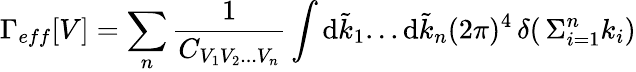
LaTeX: \displaystyle\Gamma_{eff}[V]=\sum_{n}\frac{1}{C_{\scriptstyle{V_{1}V_{2}...V_{n}}}}\int\mathrm{d}\tilde{k}_{1}...\mathrm{d}\tilde{k}_{n}(2\pi)^{4}\, \delta(\, {{\Sigma}_{i=1}^{n}k_{i}})